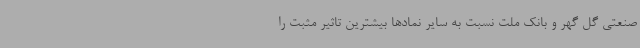
صنعتی گل گهر و بانک ملت نسبت به سایر نمادها بیشترین تاثیر مثبت را